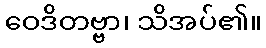
ဝေဒိတဗ္ဗာ၊ သိအပ်၏။